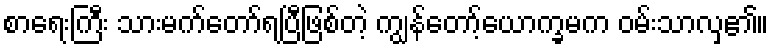
စာရေးကြီး သားမက်တော်ရပြီဖြစ်တဲ့ ကျွန်တော့်ယောက္ခမက ဝမ်းသာလှ၏။